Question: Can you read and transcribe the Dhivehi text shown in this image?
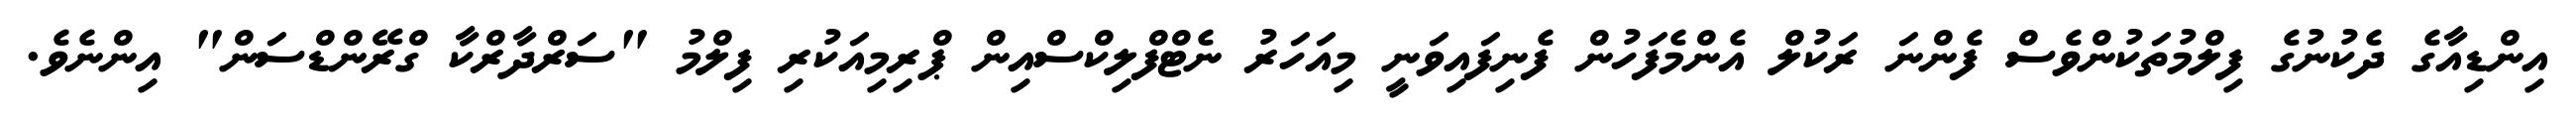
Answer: އިންޑިއާގެ ދެކުނުގެ ފިލްމުތަކުންވެސް ފެންނަ ރަކުލް އެންމެފަހުން ފެނިފައިވަނީ މިއަހަރު ނެޓްފްލިކްސްއިން ޕްރިމިއަކުރި ފިލްމު "ސަރްދާރްކާ ގްރޭންޑްސަން" އިންނެވެ.